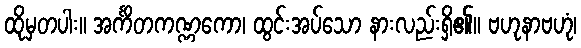
ထိုမှတပါး။ အင်္ကိတကဏ္ဏကော၊ ထွင်းအပ်သော နားလည်းရှိ၏။ ဗဟုနာဗဟုံ၊